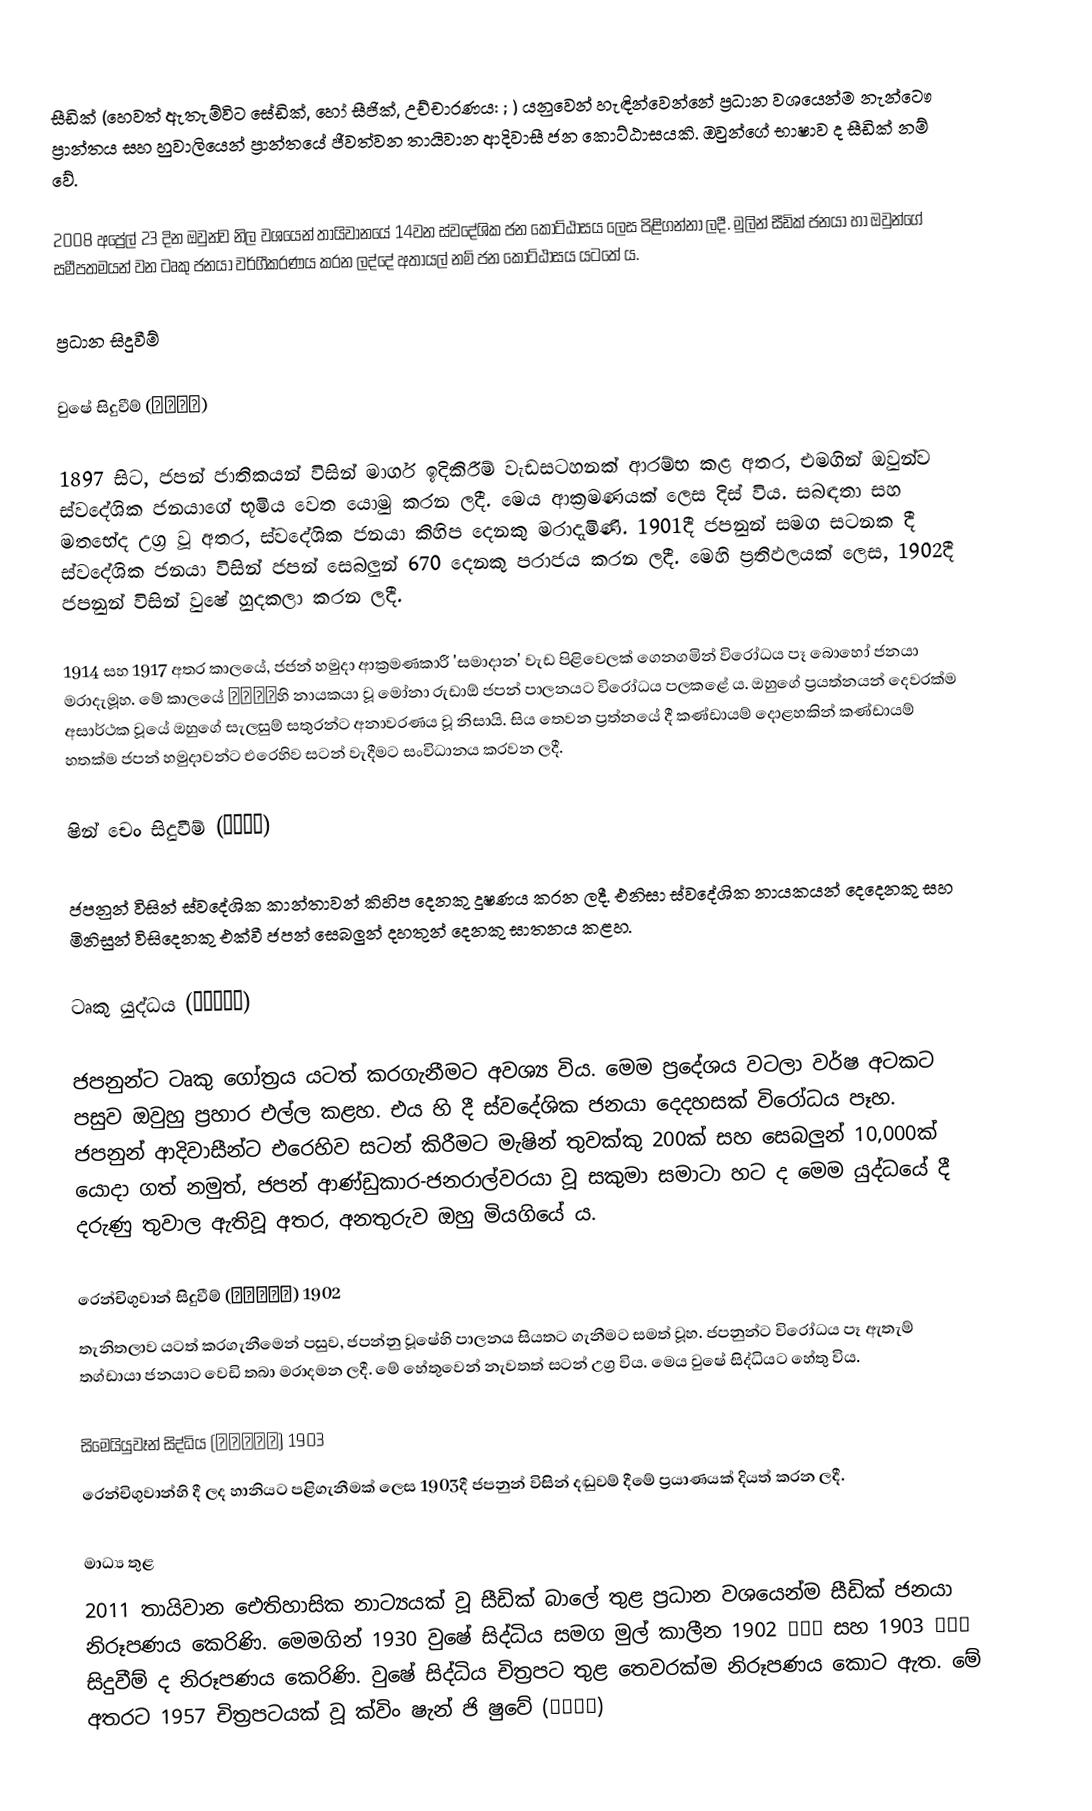
සීඩික් (හෙවත් ඇතැම්විට සේඩික්, හෝ සීජික්, උච්චාරණය: ; ) යනුවෙන් හැඳින්වෙන්නේ ප්‍රධාන වශයෙන්ම නැන්ටෞ ප්‍රාන්තය සහ හුවාලියෙන් ප්‍රාන්තයේ ජීවත්වන තායිවාන ආදිවාසී ජන කොට්ඨාසයකි. ඔවුන්ගේ භාෂාව ද සීඩික් නම් වේ.

2008 අප්‍රේල් 23 දින ඔවුන්ව නිල වශයෙන් තායිවානයේ 14වන ස්වදේශික ජන කොට්ඨාසය ලෙස පිළිගන්නා ලදී. මුලින් සීඩික් ජනයා හා ඔවුන්‍ගේ සමීපතමයන් වන ටෘකු ජනයා වර්ගීකරණය කරන ලද්දේ අතායල් නම් ජන කොට්ඨාසය ය‍ටතේ ය.

ප්‍රධාන සිදුවීම්

වුෂේ සිදුවීම් (霧社事件)

1897 සිට, ජපන් ජාතිකයන් විසින් මාර්ග ඉදිකිරීම් වැඩසටහනක් ආරම්භ කළ අතර, එමගින් ඔවුන්ව ස්වදේශික ජනයාගේ භූමිය වෙත යොමු කරන ලදී. මෙය ආක්‍රමණයක් ලෙස දිස් විය. සබඳතා සහ මතභේද උග්‍ර වූ අතර, ස්වදේශික ජනයා කිහිප දෙනකු මරාදැමිණි. 1901දී ජපනුන් සමග සටනක දී ස්වදේශික ජනයා විසින් ජපන් සෙබලුන් 670 දෙනකු පරාජය කරන ලදී. මෙහි ප්‍රතිඵලයක් ලෙස, 1902දී ජපනුන් විසින් වුෂේ හුදකලා කරන ලදී.

1914 සහ 1917 අතර කාලයේ, ජජන් හමුදා ආක්‍රමණකාරී 'සමාදාන' වැඩ පිළිවෙලක් ගෙනගමින් ‍විරෝධය පෑ බොහෝ ජනයා මරාදැමූහ. මේ කාලයේ 馬赫坡社හි නායකයා වූ මෝනා රුඩාඕ ජපන් පාලනයට විරෝධය පලකළේ ය. ඔහුගේ ප්‍රයත්නයන් දෙවරක්ම අසාර්ථක වූයේ ඔහුගේ සැලසුම් සතුරන්ට අනාවරණය වූ නිසායි. සිය තෙවන ප්‍රත්නයේ දී කණ්ඩායම් දොළහකින් කණ්ඩායම් හතක්ම ජපන් හමුදාවන්ට එරෙහිව සටන් වැදීමට සංවිධානය කරවන ලදී.

ෂින් චෙං සිදුවීම් (新城事件)

ජපනුන් විසින් ස්වදේශික කාන්තාවන් කිහිප දෙනකු දූෂණය කරන ලදී. එනිසා ස්වදේශික නායකයන් දෙදෙනකු සහ මිනිසුන් විසිදෙනකු එක්වී ජපන් සෙබලුන් දහතුන් දෙනකු ඝාතනය කළහ.

ටෘකු යුද්ධය (太魯閣之役)

ජපනුන්ට ටෘකු ගෝත්‍රය යටත් කරගැනීමට අවශ්‍ය විය. මෙම ප්‍රදේශය වටලා වර්ෂ අටකට පසුව ඔවුහු ප්‍රහාර එල්ල කළහ. එය හි දී ස්වදේශික ජනයා දෙදහසක් විරෝධය පෑහ. ජපනුන් ආදිවාසීන්ට එරෙහිව සටන් කිරීමට මැෂින් තුවක්කු 200ක් සහ සෙබලුන් 10,000ක් යොදා ගත් නමුත්, ජපන් ආණ්ඩුකාර-ජනරාල්වරයා වූ සකුමා සමාටා හට ද මෙම යුද්ධයේ දී දරුණු තුවාල ඇතිවූ අතර, අනතුරුව ඔහු මියගියේ ය.

රෙන්චිගුවාන් සිදුවීම් (人止關事件) 1902
තැනිතලාව යටත් කරගැනීමෙන් පසුව, ජපන්නු වූෂේහි පාලනය සියතට ගැනීමට සමත් වූහ. ජපනුන්ට විරෝධය පෑ ඇතැම් තග්ඩායා ජනයාට වෙඩි තබා මරාදමන ලදී. මේ හේතුවෙන් නැවතත් සටන් උග්‍ර විය. මෙය වුෂේ සිද්ධියට හේතු විය.

සිමෙයියුවෑන් සිද්ධිය (姊妹原事件) 1903
රෙන්චිගුවාන්හි දී ලද හානියට පළිගැනීමක් ලෙස 1903දී ජපනුන් විසින් දඬුවම් දීමේ ප්‍රයාණයක් දියත් කරන ලදී.

මාධ්‍ය තුළ
2011 තායිවාන ඓතිහාසික නාට්‍යයක් වූ සීඩික් බාලේ තුළ ප්‍රධාන වශයෙන්ම සීඩික් ජනයා නිරූපණය කෙරිණි. මෙමගින් 1930 වුෂේ සිද්ධිය සමග මුල් කාලීන 1902 人止關 සහ 1903 姊妹原 සිදුවීම් ද නිරූපණය කෙරිණි. වුෂේ සිද්ධිය චිත්‍රපට තුළ තෙවරක්ම නිරූපණය කොට ඇත. මේ අතරට 1957 චිත්‍රපටයක් වූ ක්විං ෂැන් ජි ෂුවේ (青山碧血)